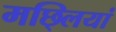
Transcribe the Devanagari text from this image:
मछ्लियां